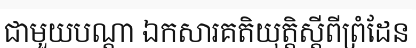
ជាមួយបណ្តា ឯកសារគតិយុត្តិស្តីពីព្រំដែន